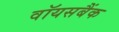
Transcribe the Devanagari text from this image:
वॉयसबैंक